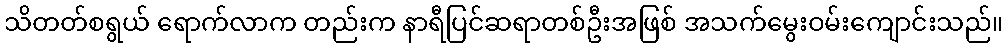
သိတတ်စရွယ် ရောက်လာက တည်းက နာရီပြင်ဆရာတစ်ဦးအဖြစ် အသက်မွေးဝမ်းကျောင်းသည်။